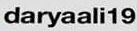
daryaali19